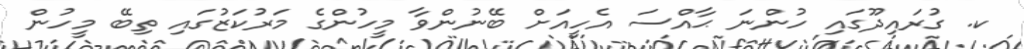
ކ. ގުރައިދޫގައި ހުންނަ ޙާއްސަ އެހީއަށް ބޭނުންވާ މީހުންގެ މަރުކަޒުގައި ތިބޭ މީހުން